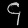
Digit: ၄